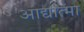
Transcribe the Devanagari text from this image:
आद्यात्मा